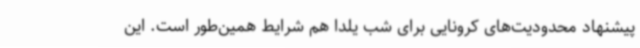
پیشنهاد محدودیت‌های کرونایی برای شب یلدا هم شرایط همین‌طور است. این